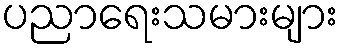
ပညာရေးသမားများ